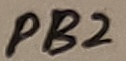
Text: PB2